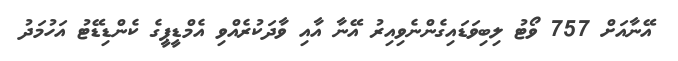
އޭނާއަށް 757 ވޯޓު ލިބިވަޑައިގެންނެވިއިރު އޭނާ އާއި ވާދަކުރެއްވި އެމްޑީޕީގެ ކެންޑިޑޭޓު އަހުމަދު